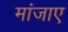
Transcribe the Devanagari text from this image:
मांजाए